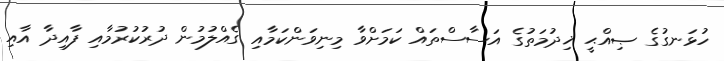
ހުޅަނގުގެ ޞިއްޙީ ޚިދުމަތުގެ އަސާސްތައް ކަމަށްވާ މިނިވަންކަމާއި ގެއްލުމުން ދުރުކުރުމާއި ފާއިދާ އާއި